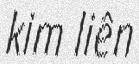
kim liên